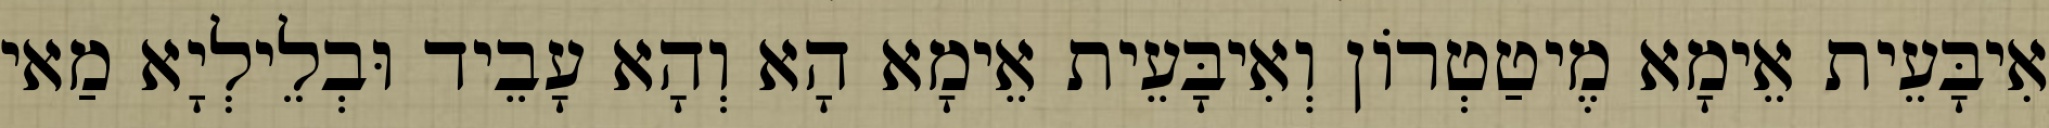
אִיבָּעֵית אֵימָא מֶיטַטְרוֹן וְאִיבָּעֵית אֵימָא הָא וְהָא עָבֵיד וּבְלֵילְיָא מַאי